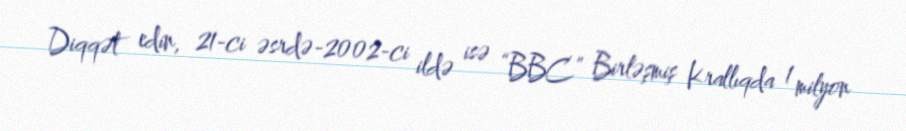
Diqqət edin, 21-ci əsrdə-2002-ci ildə isə “BBC” Birləşmiş Krallıqda 1 milyon